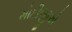
મોદીજીએ